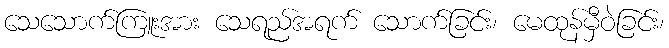
သေသောက်ကြူးအား သေရည်အရက် သောက်ခြင်း၊ မေထုန်မှီဝဲခြင်း၊